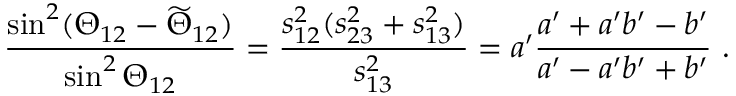
\frac { \sin ^ { 2 } ( \Theta _ { 1 2 } - \widetilde \Theta _ { 1 2 } ) } { \sin ^ { 2 } \Theta _ { 1 2 } } = \frac { s _ { 1 2 } ^ { 2 } ( s _ { 2 3 } ^ { 2 } + s _ { 1 3 } ^ { 2 } ) } { s _ { 1 3 } ^ { 2 } } = a ^ { \prime } \frac { a ^ { \prime } + a ^ { \prime } b ^ { \prime } - b ^ { \prime } } { a ^ { \prime } - a ^ { \prime } b ^ { \prime } + b ^ { \prime } } \ .